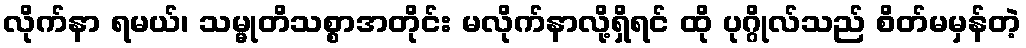
လိုက်နာ ရမယ်၊ သမ္မုတိသစ္စာအတိုင်း မလိုက်နာလို့ရှိရင် ထို ပုဂ္ဂိုလ်သည် စိတ်မမှန်တဲ့